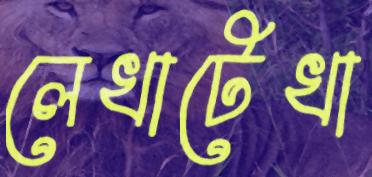
লেখাটেখা